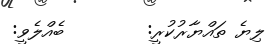
ލިޔެ ތައްޔާރުކުރީ:        ބެއްލެވީ: